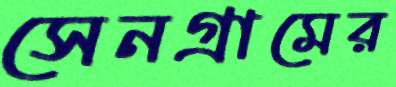
সেনগ্রামের